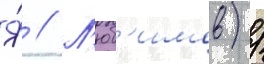
Я́ // Л'юб'имов) /